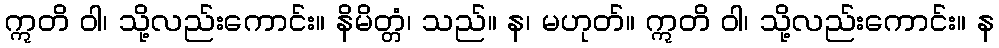
ဣတိ ဝါ၊ သို့လည်းကောင်း။ နိမိတ္တံ၊ သည်။ န၊ မဟုတ်။ ဣတိ ဝါ၊ သို့လည်းကောင်း။ န